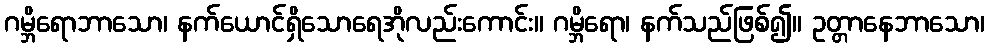
ဂမ္ဘိရောဘာသော၊ နက်ယောင်ရှိသောရေအိုလည်းကောင်း။ ဂမ္ဘိရော၊ နက်သည်ဖြစ်၍။ ဥတ္တာနေဘာသော၊